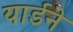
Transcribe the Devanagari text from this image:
यार्डने